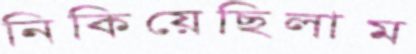
নিকিয়েছিলাম